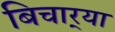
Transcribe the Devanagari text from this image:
बिचार्‍या